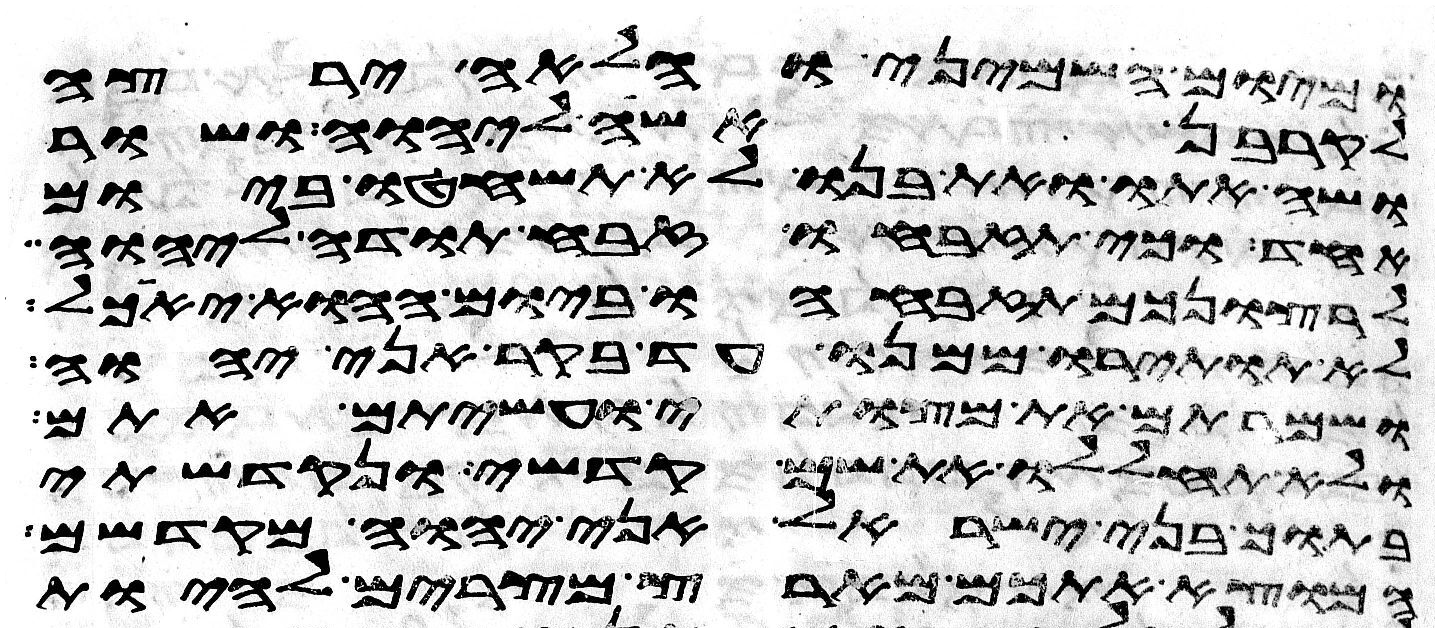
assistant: ומיום השמיני והלאה ירצה
לקרבן אשה ליהוה ושור
ושה אתו ואת בנו לא תשחטו ביום
אחד וכי תזבחו זבח תודה ליהוה
לרצונכם תזבחהו ביום ההוא יאכל
לא תותירו ממנו עד בקר אני יהוה
ושמרתם את מצותי ועשיתם אתם
ולא תחללו את שם קדשי ונקדשתי
בתוך בני ישראל אני יהוה מקדשם
המוצא אתכם מארץ מצרים להיות